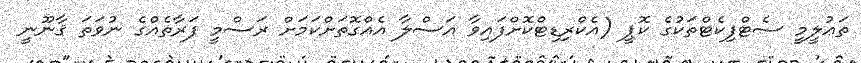
ތަޢުލީމީ ސެޓްފިކެޓްތަކުގެ ކޮޕީ (އެކްރިޑިޓްކޮށްފައިވާ އަސްލާ އެއްގޮތަށްކަމަށް ރަސްމީ ފަރާތެއްގެ ނުވަތަ ޤާނޫނީ